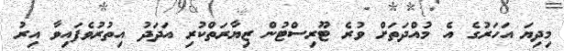
މިދިޔަ އަހަރުގެ އެ މުއްދަތަށް ވުރެ ޓޫރިސްޓުން ޒިޔާރަތްކުރި އަދަދު އިތުރުވެފައިވާ އިރު